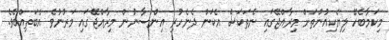
މިކަމާބެހޭ ލިޔެކިއުންތަށް މިރާއްޖޭގައި ނެތަކަސް އެކަން ދެނެހުރި އިންސާނުން މިރާއްޖޭގައި މަރުނުވެ އެބަތިއްބެވެ.